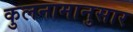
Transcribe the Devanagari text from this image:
कुलनामानुसार